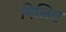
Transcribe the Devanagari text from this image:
मिलित